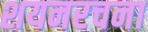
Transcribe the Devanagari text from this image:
शयनरचना